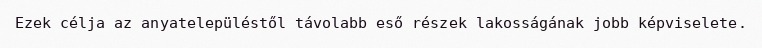
Ezek célja az anyatelepüléstől távolabb eső részek lakosságának jobb képviselete.